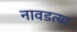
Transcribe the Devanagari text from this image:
नावडत्या